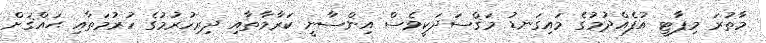
މާތުރަ މިޕާޓީ އުފެއްދުމުގެ މައިގަނޑު މަޤްސަދަކީވެސް އިންސާނީ ކަރާމާތާއި ދިރިހުރުމުގެ ހުރުމަތާއި ޙައްޤަށް